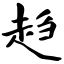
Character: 趋